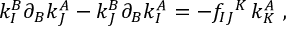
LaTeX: k _ { I } ^ { B } \partial _ { B } k _ { J } ^ { A } - k _ { J } ^ { B } \partial _ { B } k _ { I } ^ { A } = - f _ { I J } { } ^ { K } \, k _ { K } ^ { A } \ ,